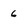
Character: 6